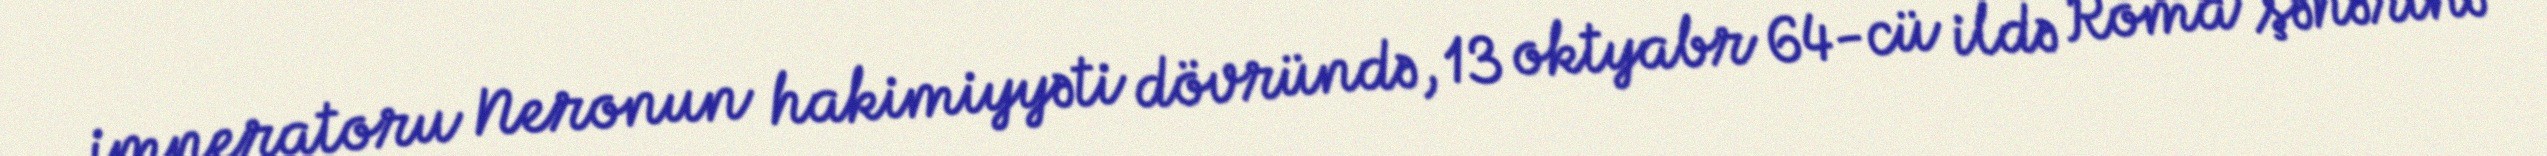
imperatoru Neronun hakimiyyəti dövründə, 13 oktyabr 64-cü ildə Roma şəhərinə